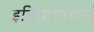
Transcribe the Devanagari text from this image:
इतिसासाचार्य